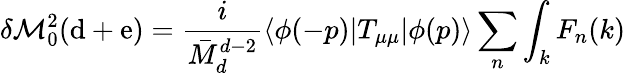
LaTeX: \delta\mathcal{M}_{0}^{2}(\mathrm{{d}}+\mathrm{{e}})=\frac{{i}}{{\bar{{M}}_{d}^{d-2}}}\langle{\phi(-p)}|T_{\mu\mu}|\phi(p)\rangle\sum_{n}\int_{k}F_{n}(k)